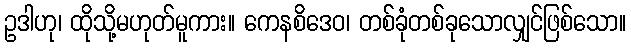
ဥဒါဟု၊ ထိုသို့မဟုတ်မူကား။ ကေနစိဒေဝ၊ တစ်ခုံတစ်ခုသောလျှင်ဖြစ်သော။